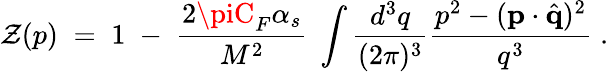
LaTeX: \mathcal{Z}(p)\; =\; 1\; -\; {\frac{{2\piC_{F}\alpha_{s}}}{{M^{2}}}}\; \int{\frac{{d^{3}q}}{{(2\pi)^{3}}}}{\frac{{p^{2}-({\mathbf{p}}\cdot{\hat{{\mathbf{q}}}})^{2}}}{{q^{3}}}}\; .